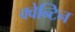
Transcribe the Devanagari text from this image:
क्वेन्टिन